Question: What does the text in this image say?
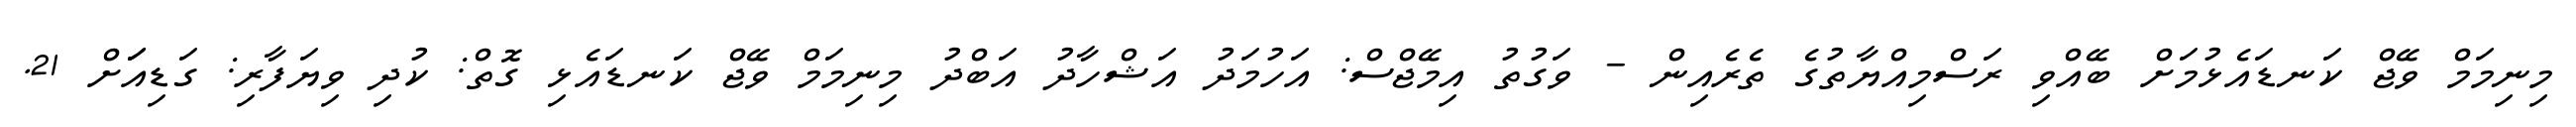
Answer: މިނިމަމް ވޭޖް ކަނޑައެޅުމަށް ބޭއްވި ރަސްމިއްޔާތުގެ ތެރެއިން - ވަގުތު އިމޭޖްސް: އަހުމަދު އަޝްހާދު އަބްދު މިނިމަމް ވޭޖް ކަނޑައެޅި ގޮތް: ކުދި ވިޔަފާރި: ގަޑިއަަށް 21.